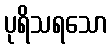
ပုရိသရသော